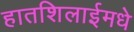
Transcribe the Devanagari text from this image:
हातशिलाईमधे